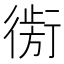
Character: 𰳮